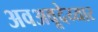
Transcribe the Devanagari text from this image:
अवअवूदेय्यार